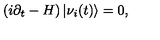
\left( i \partial _ { t } - H \right) | \nu _ { i } ( t ) \rangle = 0 ,